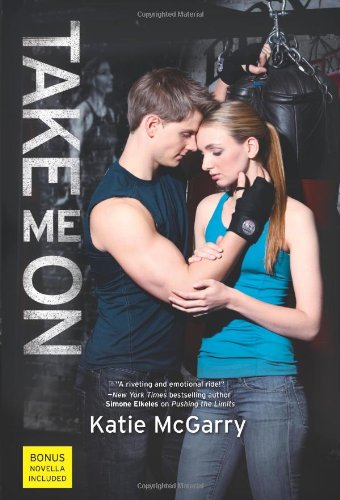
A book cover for Take Me on; Katie McGarry; Teen & Young Adult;